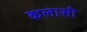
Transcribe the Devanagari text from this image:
कलासी